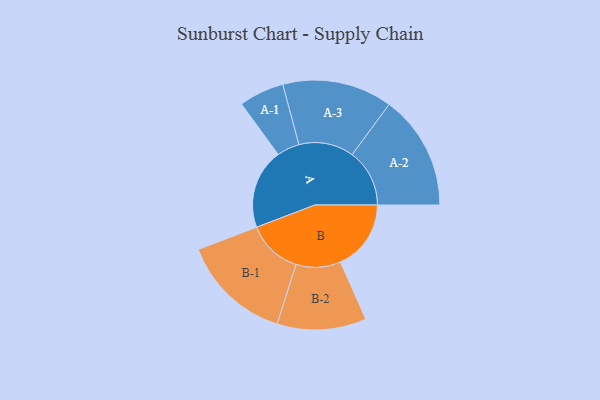
{"axis": {"x": "Segment", "y": "Value"}, "legend": ["", "A", "B"], "data": [{"x": "A", "y": 393, "type": ""}, {"x": "B", "y": 347, "type": ""}, {"x": "A-1", "y": 111, "type": "A"}, {"x": "A-2", "y": 282, "type": "A"}, {"x": "A-3", "y": 270, "type": "A"}, {"x": "B-1", "y": 271, "type": "B"}, {"x": "B-2", "y": 219, "type": "B"}]}